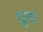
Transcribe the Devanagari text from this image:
ध्रुव।